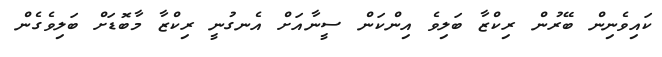
ކައިވެނިން ބޭރުން ރިކްޒާ ބަލިވެ އިންކަން ސީނާއަށް އެނގުނީ ރިކްޒާ މާބޮޑަށް ބަލިވެގެން